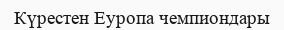
Күрестен Еуропа чемпиондары